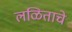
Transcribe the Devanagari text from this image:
लळिताचे